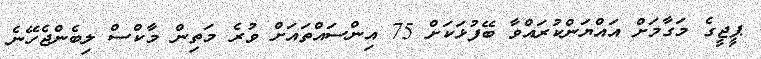
ޕީޖީގެ މަގާމަށް އައްޔަންކުރައްވާ ބޭފުޅަކަށް 75 އިންސައްތައަށް ވުރެ މަތިން މާކްސް ލިބެންޖެހޭނެ